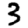
Digit: 3